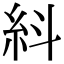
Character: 紏